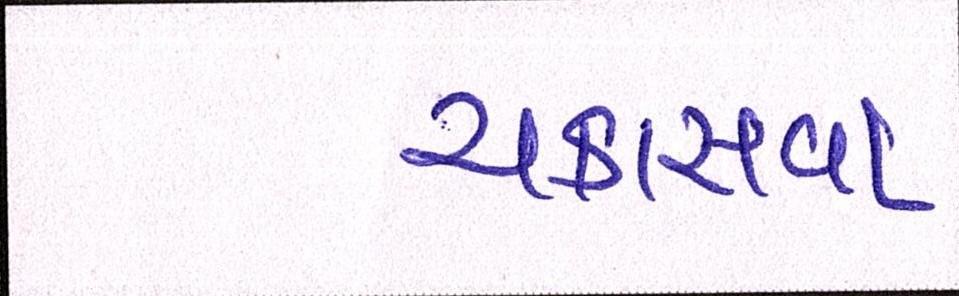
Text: ચકાસવા